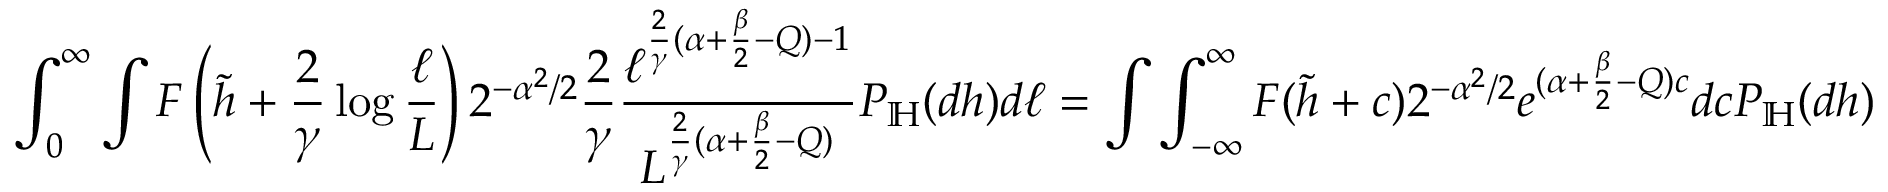
\int _ { 0 } ^ { \infty } \int F \left( \widetilde { h } + \frac { 2 } { \gamma } \log \frac { \ell } { L } \right) 2 ^ { - \alpha ^ { 2 } / 2 } \frac { 2 } { \gamma } \frac { \ell ^ { \frac { 2 } { \gamma } ( \alpha + \frac { \beta } { 2 } - Q ) - 1 } } { L ^ { \frac { 2 } { \gamma } ( \alpha + \frac { \beta } { 2 } - Q ) } } P _ { \mathbb H } ( d h ) d \ell = \int \int _ { - \infty } ^ { \infty } F ( \widetilde { h } + c ) 2 ^ { - \alpha ^ { 2 } / 2 } e ^ { ( \alpha + \frac { \beta } { 2 } - Q ) c } d c P _ { \mathbb H } ( d h )